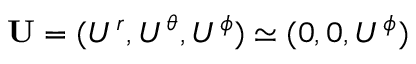
{ \bf { U } } = ( U ^ { r } , U ^ { \theta } , U ^ { \phi } ) \simeq ( 0 , 0 , U ^ { \phi } )